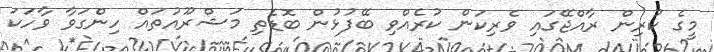
މީގެ ކުރިން ރާއްޖޭގައި ވެރިކަން ކުރެއްވި ބޭފުޅުން ބޮޑެތި މަޝްރޫއުތައް ހިންގަވާ ވާހަކަ